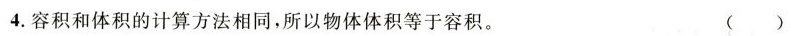
4.容积和体积的计算方法相同，所以物体体积等于容积。 ( )